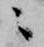
ニ